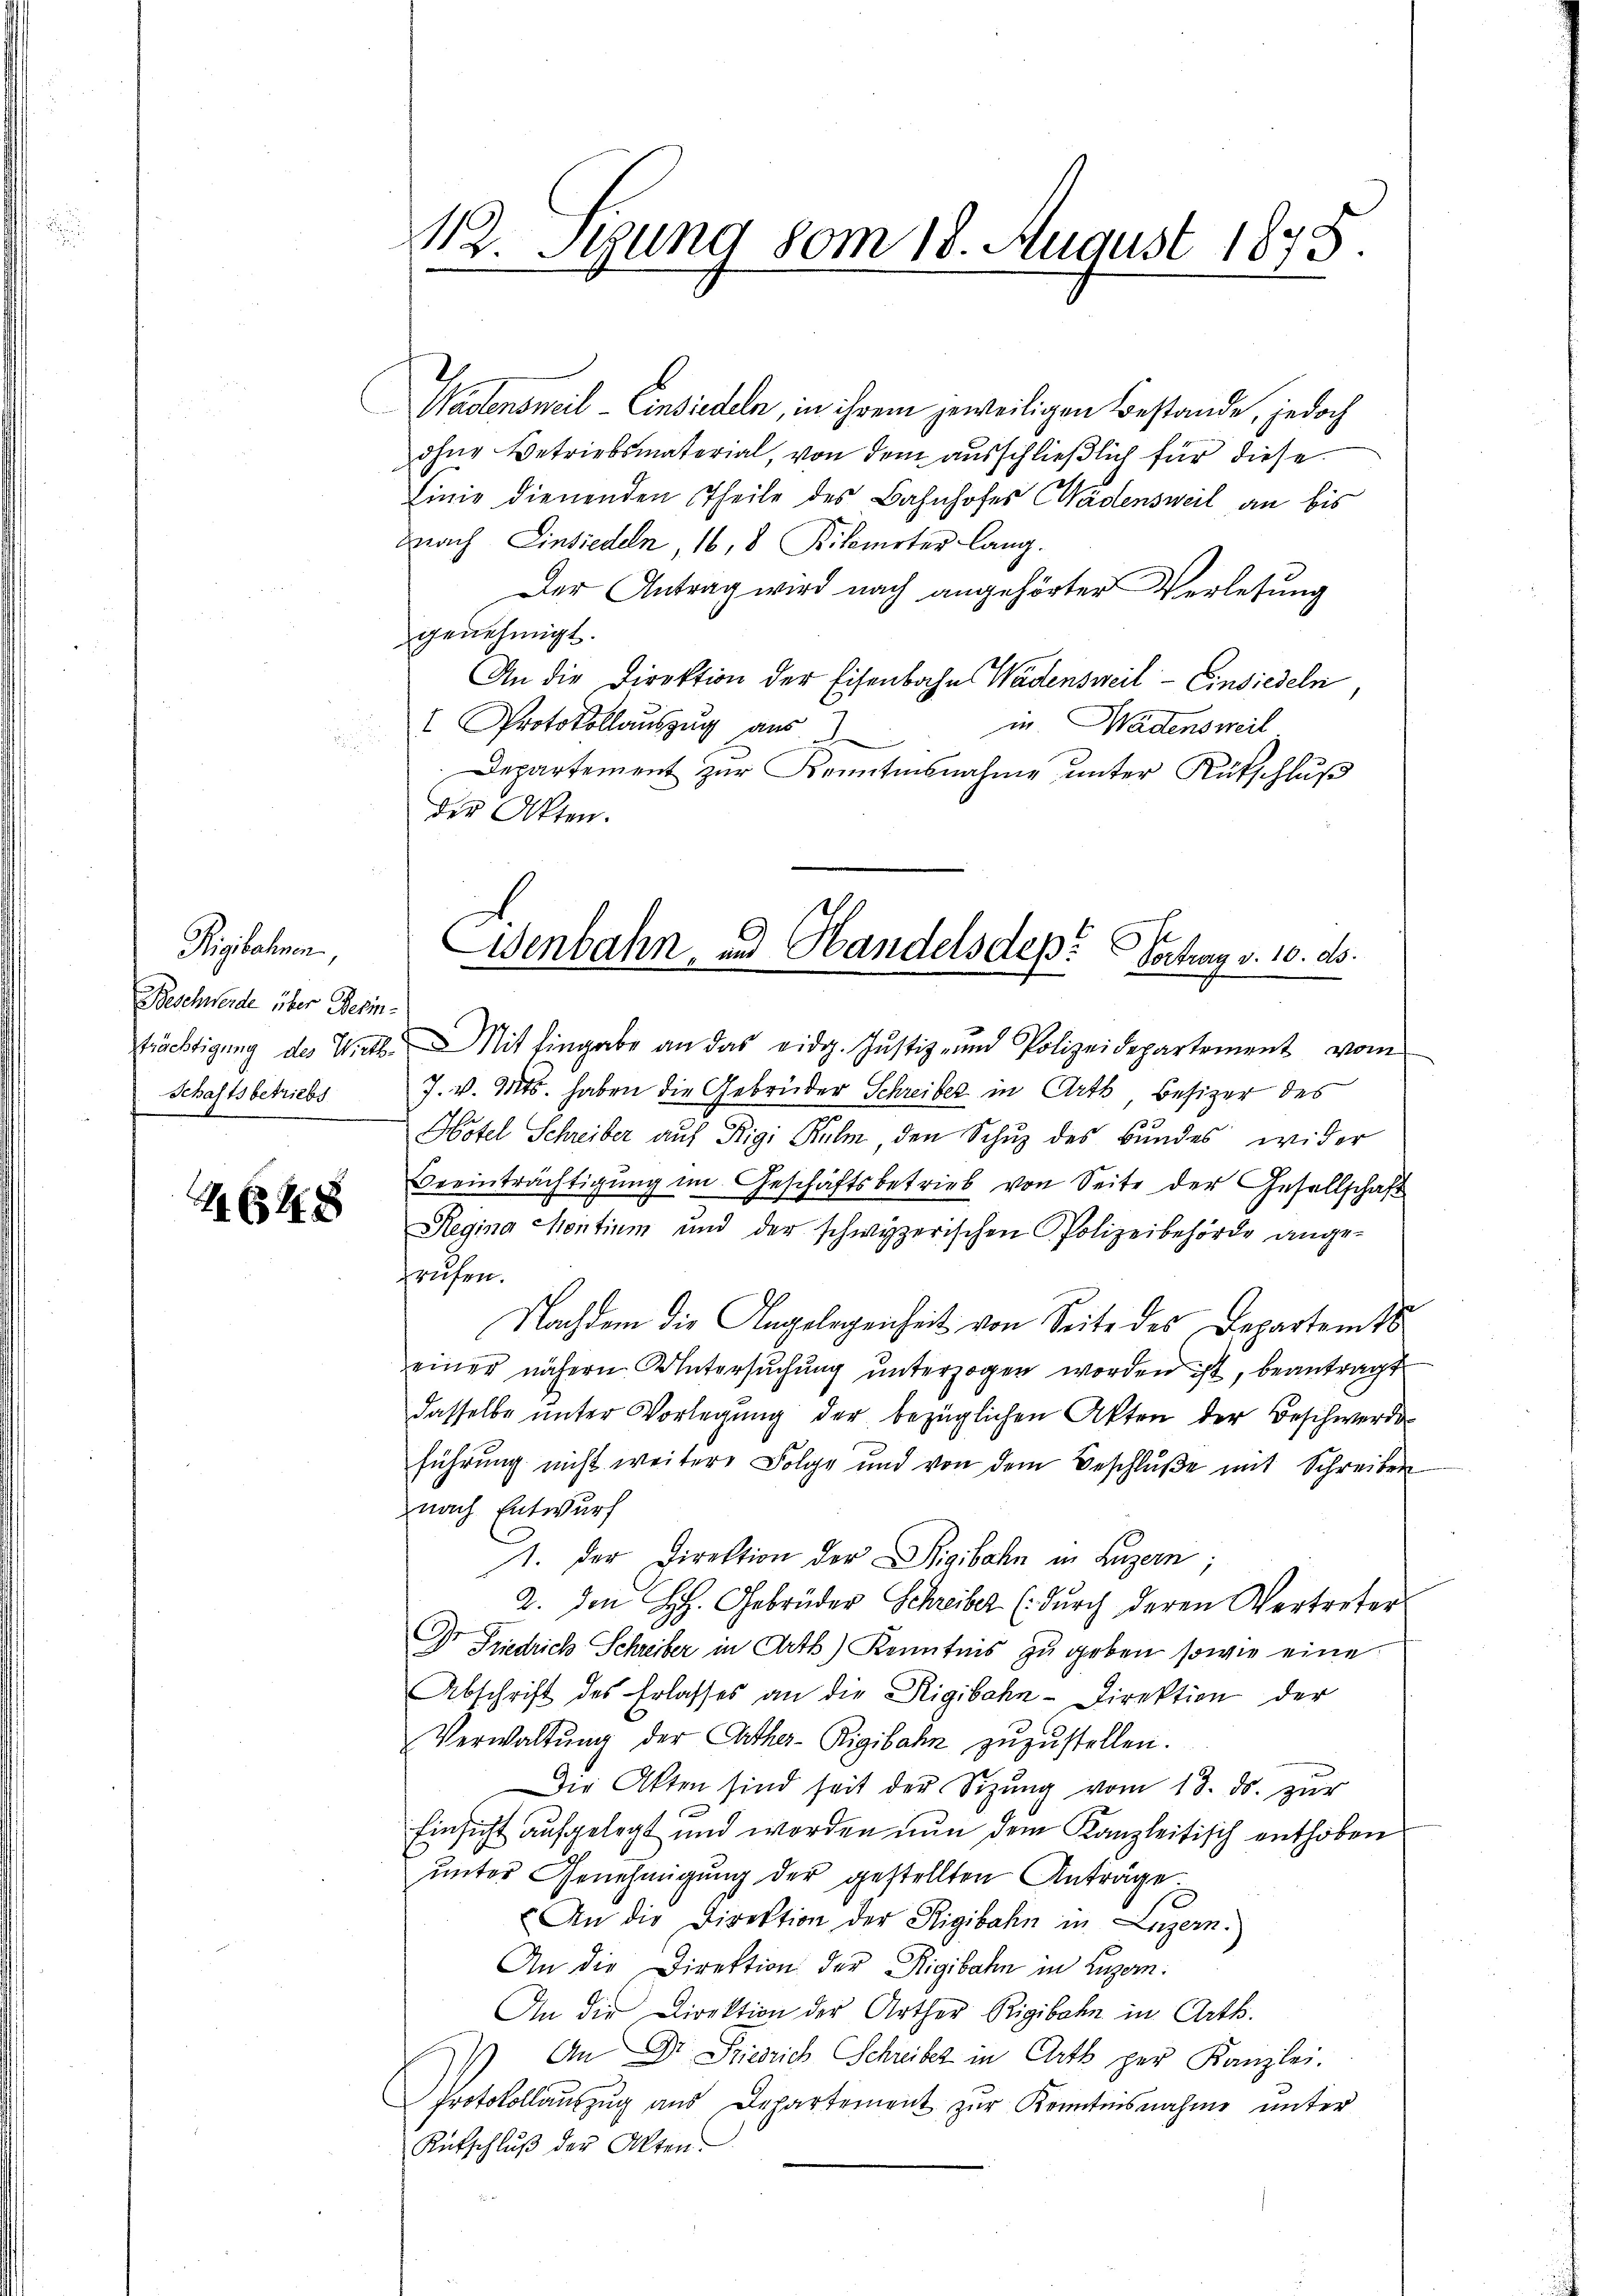
Rigibahnen,
Beschwerde über Besin¬
Schaftsbetriebs

4648

Wädensweil - Einsiedeln, in ihrem jeweiligen Bestande, jedoch
ohne Betriebsmaterial, von dem ausschließlich für diese
Linie dienenden Theile des Bahnhofes Wädensweil an bis
dnach Einsiedeln, 16, 8 Kilometer lang.
Der Antrag wird nach angehörter Verlesung
genehmigt.
An die Direktion der Eisenbahn Wädensweil–Einsiedeln,
in Wadensweil
 Protokolauszug aus
rt.
Departement zur Kenntnisnahme unter Rutschluß
der Akten.

12. Stund vom 18. August 1848

Wenbahn- und Handelsdep: Vortrag v. 10. ds.

trächtigŭng des Wiet. Mit Eingabe an das eidg. Justiz- und Polizeidepartement vom
J. V. 14t. haben die Gebrüder Schreiber in Arth besizer des
Hotel Schreiber auf Rigi Kulm, den Schuz des Bundes wider
Beeinträchtigŭng im Geschäftsbetrieb von Seite der Gesellschaft
Regina Montium und der schwyzerischen Polizeibehörde ange-
fruhen.
Nachdem die Angelegenheit von Seite des Departem 16.
einer nähern Untersŭchŭng ŭnterzogen worden ist, beantragt
dasselbe ŭnter Vorlegŭng der bezüglichen Akten der Beschwerde
führung nicht weitere Folge und von dem Beschlŭβe mit Schreiben
nach Entwurf
1. Der Direktion der Sigibahn in Luzern;
2. Den H. Gebrüder Schreiber (durch deren Vertreter
Dr Friedrich Schreiber in Arth) Kenntnis zu geben, sowie eine
Abschrift des Erlasses an die Rigibahn-Direktion der
Verwaltŭng der Cather-Rigibahn zuzustellen.
Die Akten sind seit der Sitzŭng vom 18. ds. zŭr
Einsicht aufgelegt und worden nun dem Kanzleitisch enthoben
ŭnter Genehmigŭng der gestellten Anträge.
An die Direktion der Rigibahn in Luzern.
An die Direktion der Rigibahn in Luzern:
An die Direktion der Arther Rigibahn in Art.
) An Dr. Siedrich Schreiber in Orts per Kanzlei.
Protokollauszug aus Departement zur Kenntnisnahme unter
Rutschluß der Akten.